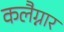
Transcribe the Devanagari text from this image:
कलैग्नार